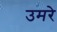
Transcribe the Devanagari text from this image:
उमरे